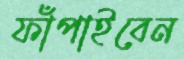
ফাঁপাইবেন